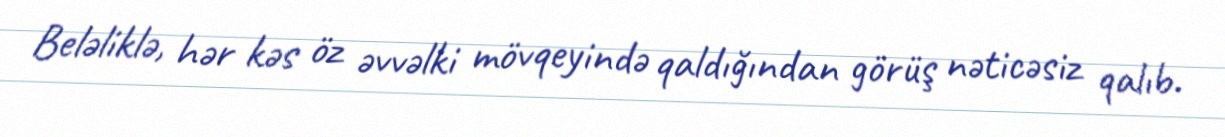
Beləliklə, hər kəs öz əvvəlki mövqeyində qaldığından görüş nəticəsiz qalıb.